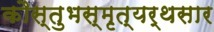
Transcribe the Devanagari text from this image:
कौस्तुभस्मृत्यर्थसार